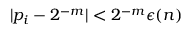
| p _ { i } - 2 ^ { - m } | < 2 ^ { - m } \epsilon ( n )